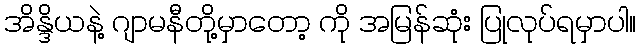
အိန္ဒိယနဲ့ ဂျာမနီတို့မှာတော့ ကို အမြန်ဆုံး ပြုလုပ်ရမှာပါ။